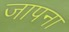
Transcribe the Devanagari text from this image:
जापना